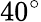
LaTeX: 40^{\circ}